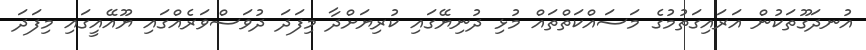
އުނދަގޫތަކުން އަރައިގަތުމުގެ މަސައްކަތްތައް މުޅި ދުނިޔޭގައި ކުރިޔަށްދާ މިފަދަ ދުވަސްވަރެއްގައި ޔޫއޭއީގައި މިފަދަ